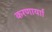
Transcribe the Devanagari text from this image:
करणार्याा